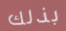
بذلك